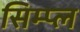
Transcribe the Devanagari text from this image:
सिम्प्ल